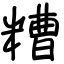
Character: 糟